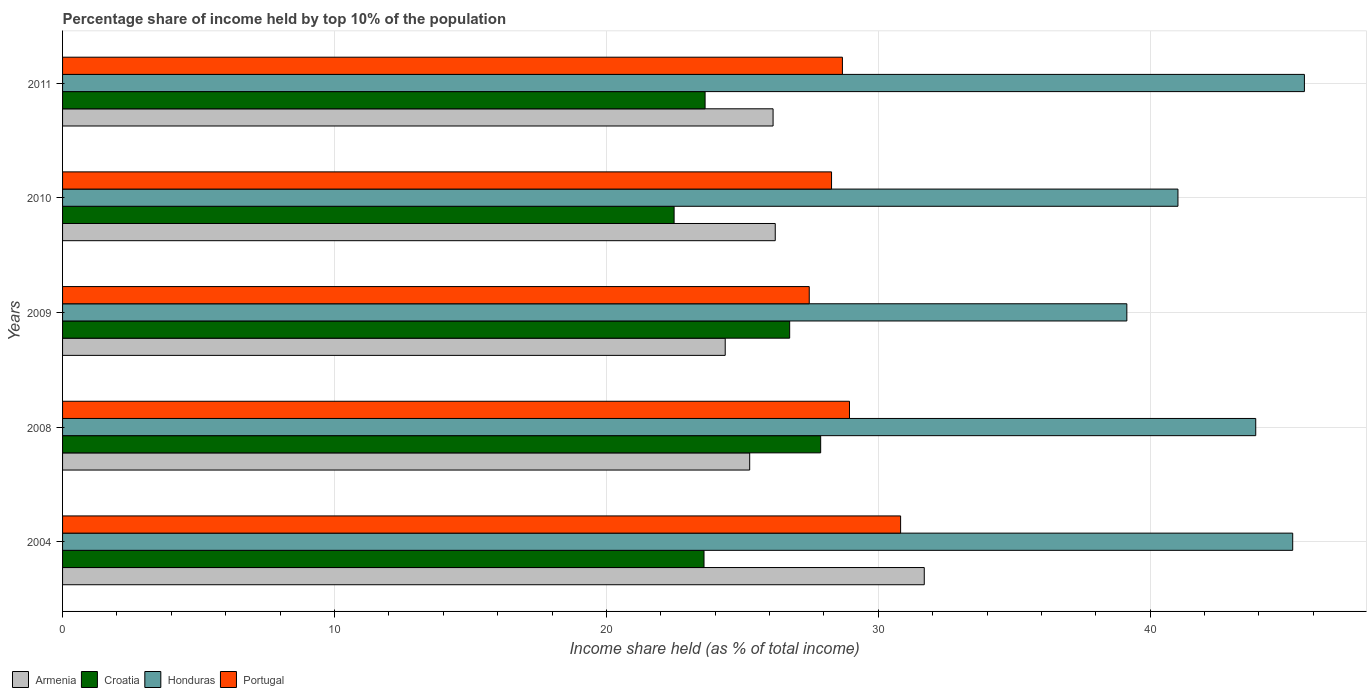
| Years | Armenia | Croatia | Honduras | Portugal |
 | --- | --- | --- | --- | --- |
 | 2004 | 31.7 | 23.6 | 45.2 | 30.8 |
 | 2008 | 25.3 | 27.9 | 43.9 | 28.9 |
 | 2009 | 24.4 | 26.7 | 39.1 | 27.5 |
 | 2010 | 26.2 | 22.5 | 41 | 28.3 |
 | 2011 | 26.1 | 23.6 | 45.7 | 28.7 |